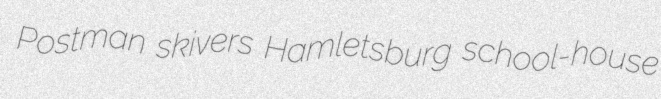
Postman skivers Hamletsburg school-house